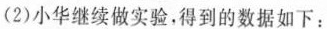
(2)小华继续做实验，得到的数据如下：